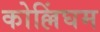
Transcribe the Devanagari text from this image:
कोल्लिंघम